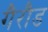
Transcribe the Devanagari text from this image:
गैरौड